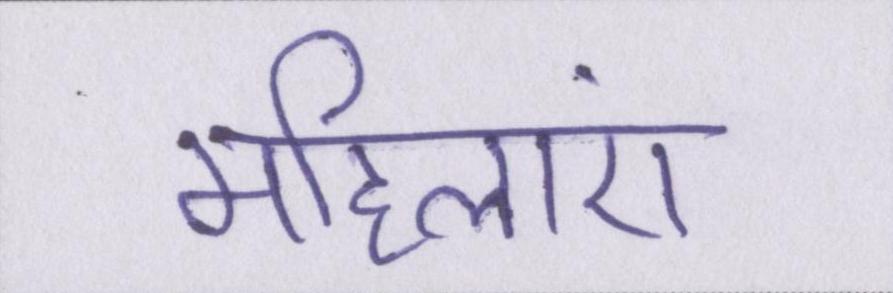
महिलाएं